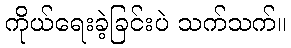
ကိုယ်ရေးခဲ့ခြင်းပဲ သက်သက်။